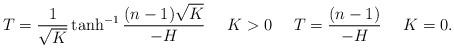
LaTeX: \begin{align*}T=\frac{1}{\sqrt K}\tanh^{-1}\frac{(n-1)\sqrt K}{-H} \ \ \ \ K>0 \ \ \ \ T=\frac{(n-1)}{-H} \ \ \ \ K=0.\end{align*}